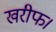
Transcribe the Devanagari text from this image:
खरीफ।